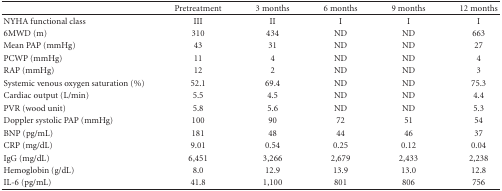
<table><thead><tr><td></td><td><b>Pretreatment</b></td><td><b>3 months</b></td><td><b>6 months</b></td><td><b>9 months</b></td><td><b>12 months</b></td></tr></thead><tbody><tr><td>NYHA functional class</td><td>III</td><td>II</td><td>I</td><td>I</td><td>I</td></tr><tr><td>6MWD (m)</td><td>310</td><td>434</td><td>ND</td><td>ND</td><td>663</td></tr><tr><td>Mean PAP (mmHg)</td><td>43</td><td>31</td><td>ND</td><td>ND</td><td>27</td></tr><tr><td>PCWP (mmHg)</td><td>11</td><td>4</td><td>ND</td><td>ND</td><td>4</td></tr><tr><td>RAP (mmHg)</td><td>12</td><td>2</td><td>ND</td><td>ND</td><td>3</td></tr><tr><td>Systemic venous oxygen saturation (%)</td><td>52.1</td><td>69.4</td><td>ND</td><td>ND</td><td>75.3</td></tr><tr><td>Cardiac output (L/min)</td><td>5.5</td><td>4.5</td><td>ND</td><td>ND</td><td>4.4</td></tr><tr><td>PVR (wood unit)</td><td>5.8</td><td>5.6</td><td>ND</td><td>ND</td><td>5.3</td></tr><tr><td>Doppler systolic PAP (mmHg)</td><td>100</td><td>90</td><td>72</td><td>51</td><td>54</td></tr><tr><td>BNP (pg/mL)</td><td>181</td><td>48</td><td>44</td><td>46</td><td>37</td></tr><tr><td>CRP (mg/dL)</td><td>9.01</td><td>0.54</td><td>0.25</td><td>0.12</td><td>0.04</td></tr><tr><td>IgG (mg/dL)</td><td>6,451</td><td>3,266</td><td>2,679</td><td>2,433</td><td>2,238</td></tr><tr><td>Hemoglobin (g/dL)</td><td>8.0</td><td>12.9</td><td>13.9</td><td>13.0</td><td>12.8</td></tr><tr><td>IL-6 (pg/mL)</td><td>41.8</td><td>1,100</td><td>801</td><td>806</td><td>756</td></tr></tbody></table>